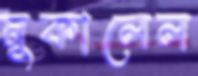
মুকালেল